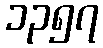
၁၃၅၇